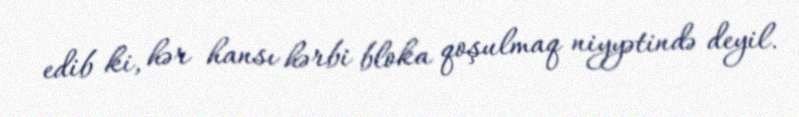
edib ki, hər hansı hərbi bloka qoşulmaq niyyətində deyil.